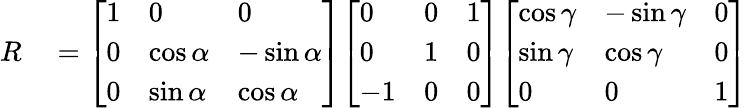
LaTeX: \begin{array}{rl}{R}&{{}={\left[\begin{array}{lll}{1}&{0}&{0}\\ {0}&{\cos\alpha}&{-\sin\alpha}\\ {0}&{\sin\alpha}&{\cos\alpha}\end{array}\right]}{\left[\begin{array}{lll}{0}&{0}&{1}\\ {0}&{1}&{0}\\ {-1}&{0}&{0}\end{array}\right]}{\left[\begin{array}{lll}{\cos\gamma}&{-\sin\gamma}&{0}\\ {\sin\gamma}&{\cos\gamma}&{0}\\ {0}&{0}&{1}\end{array}\right]}}\end{array}